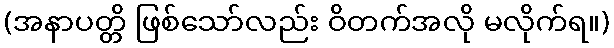
(အနာပတ္တိ ဖြစ်သော်လည်း ဝိတက်အလို မလိုက်ရ။)